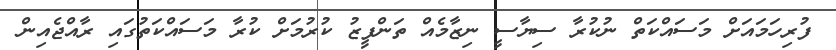
ފުރިހަމައަށް މަސައްކަތް ނުކުރާ ސިޔާސީ ނިޒާމެއް ތަންފީޒު ކުރުމަށް ކުރާ މަސައްކަތުގައި ރާއްޖެއިން